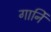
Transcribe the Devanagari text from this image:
गार्नि